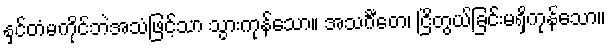
နှင်တံမကိုင်ဘဲအသံဖြင့်သာ သွားကုန်သော။ အသင်္ဂီတေ၊ ငြိတွယ်ခြင်းမရှိကုန်သော။